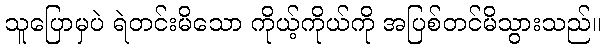
သူပြောမှပဲ ရဲတင်းမိသော ကိုယ့်ကိုယ်ကို အပြစ်တင်မိသွားသည်။